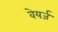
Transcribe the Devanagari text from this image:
वेयर्ज